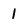
Character: 1